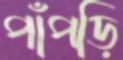
পাঁপড়ি